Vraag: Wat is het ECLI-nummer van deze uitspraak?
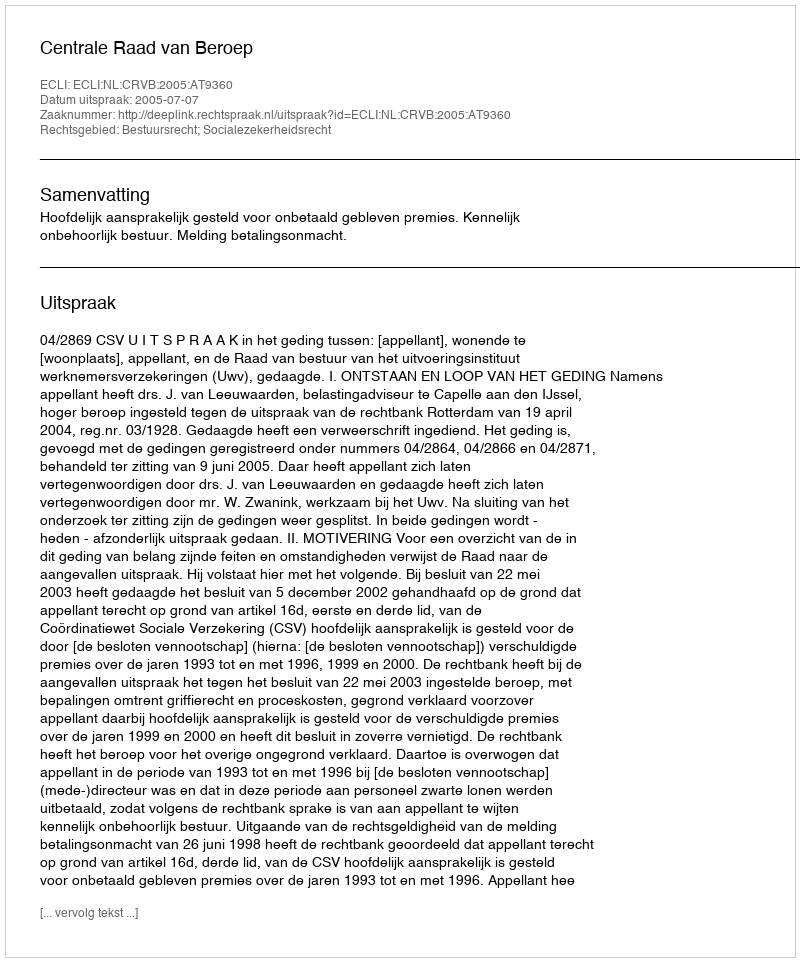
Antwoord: ECLI:NL:CRVB:2005:AT9360